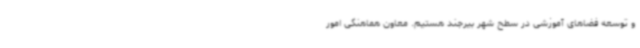
و توسعه فضاهای آموزشی در سطح شهر بیرجند هستیم. معاون هماهنگی امور